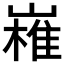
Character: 𭗔